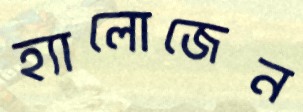
হ্যালোজেন